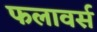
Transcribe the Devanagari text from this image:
फलावर्स